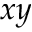
x y